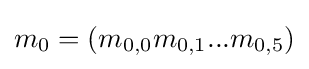
m_{0}=(m_{0,0}m_{0,1}...m_{0,5})